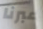
عبرنا